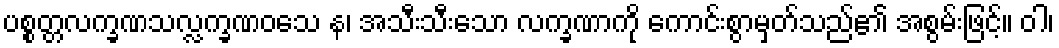
ပစ္စတ္တလက္ခဏသလ္လက္ခဏဝသေ န၊ အသီးသီးသော လက္ခဏာကို ကောင်းစွာမှတ်သည်၏ အစွမ်းဖြင့်။ ဝါ၊